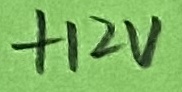
Text: +12V